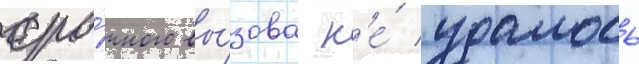
сро́чного вы́зова н'е́ удалось